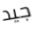
جيد